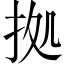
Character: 拠